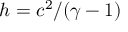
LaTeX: h = c ^ { 2 } / ( \gamma - 1 )